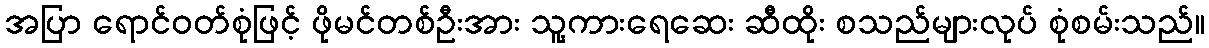
အပြာ ရောင်ဝတ်စုံဖြင့် ဖိုမင်တစ်ဦးအား သူ့ကားရေဆေး ဆီထိုး စသည်များလုပ် စုံစမ်းသည်။